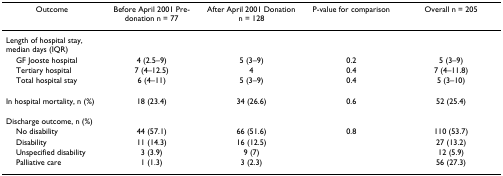
| Outcome | Before April 2001 Pre-donation n = 77 | After April 2001 Donation n = 128 | P-value for comparison | Overall n = 205 |
 | --- | --- | --- | --- | --- |
 | Length of hospital stay, median days (IQR) |  |  |  |  |
 | GF Jooste hospital | 4 (2.5–9) | 5 (3–9) | 0.2 | 5 (3–9) |
 | Tertiary hospital | 7 (4–12.5) | 4 | 0.4 | 7 (4–11.8) |
 | Total hospital stay | 6 (4–11) | 5 (3–9) | 0.4 | 5 (3–10) |
 | In hospital mortality, n (%) | 18 (23.4) | 34 (26.6) | 0.6 | 52 (25.4) |
 | Discharge outcome, n (%) |  |  |  |  |
 | No disability | 44 (57.1) | 66 (51.6) | 0.8 | 110 (53.7) |
 | Disability | 11 (14.3) | 16 (12.5) |  | 27 (13.2) |
 | Unspecified disability | 3 (3.9) | 9 (7) |  | 12 (5.9) |
 | Palliative care | 1 (1.3) | 3 (2.3) |  | 56 (27.3) |